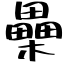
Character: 櫐